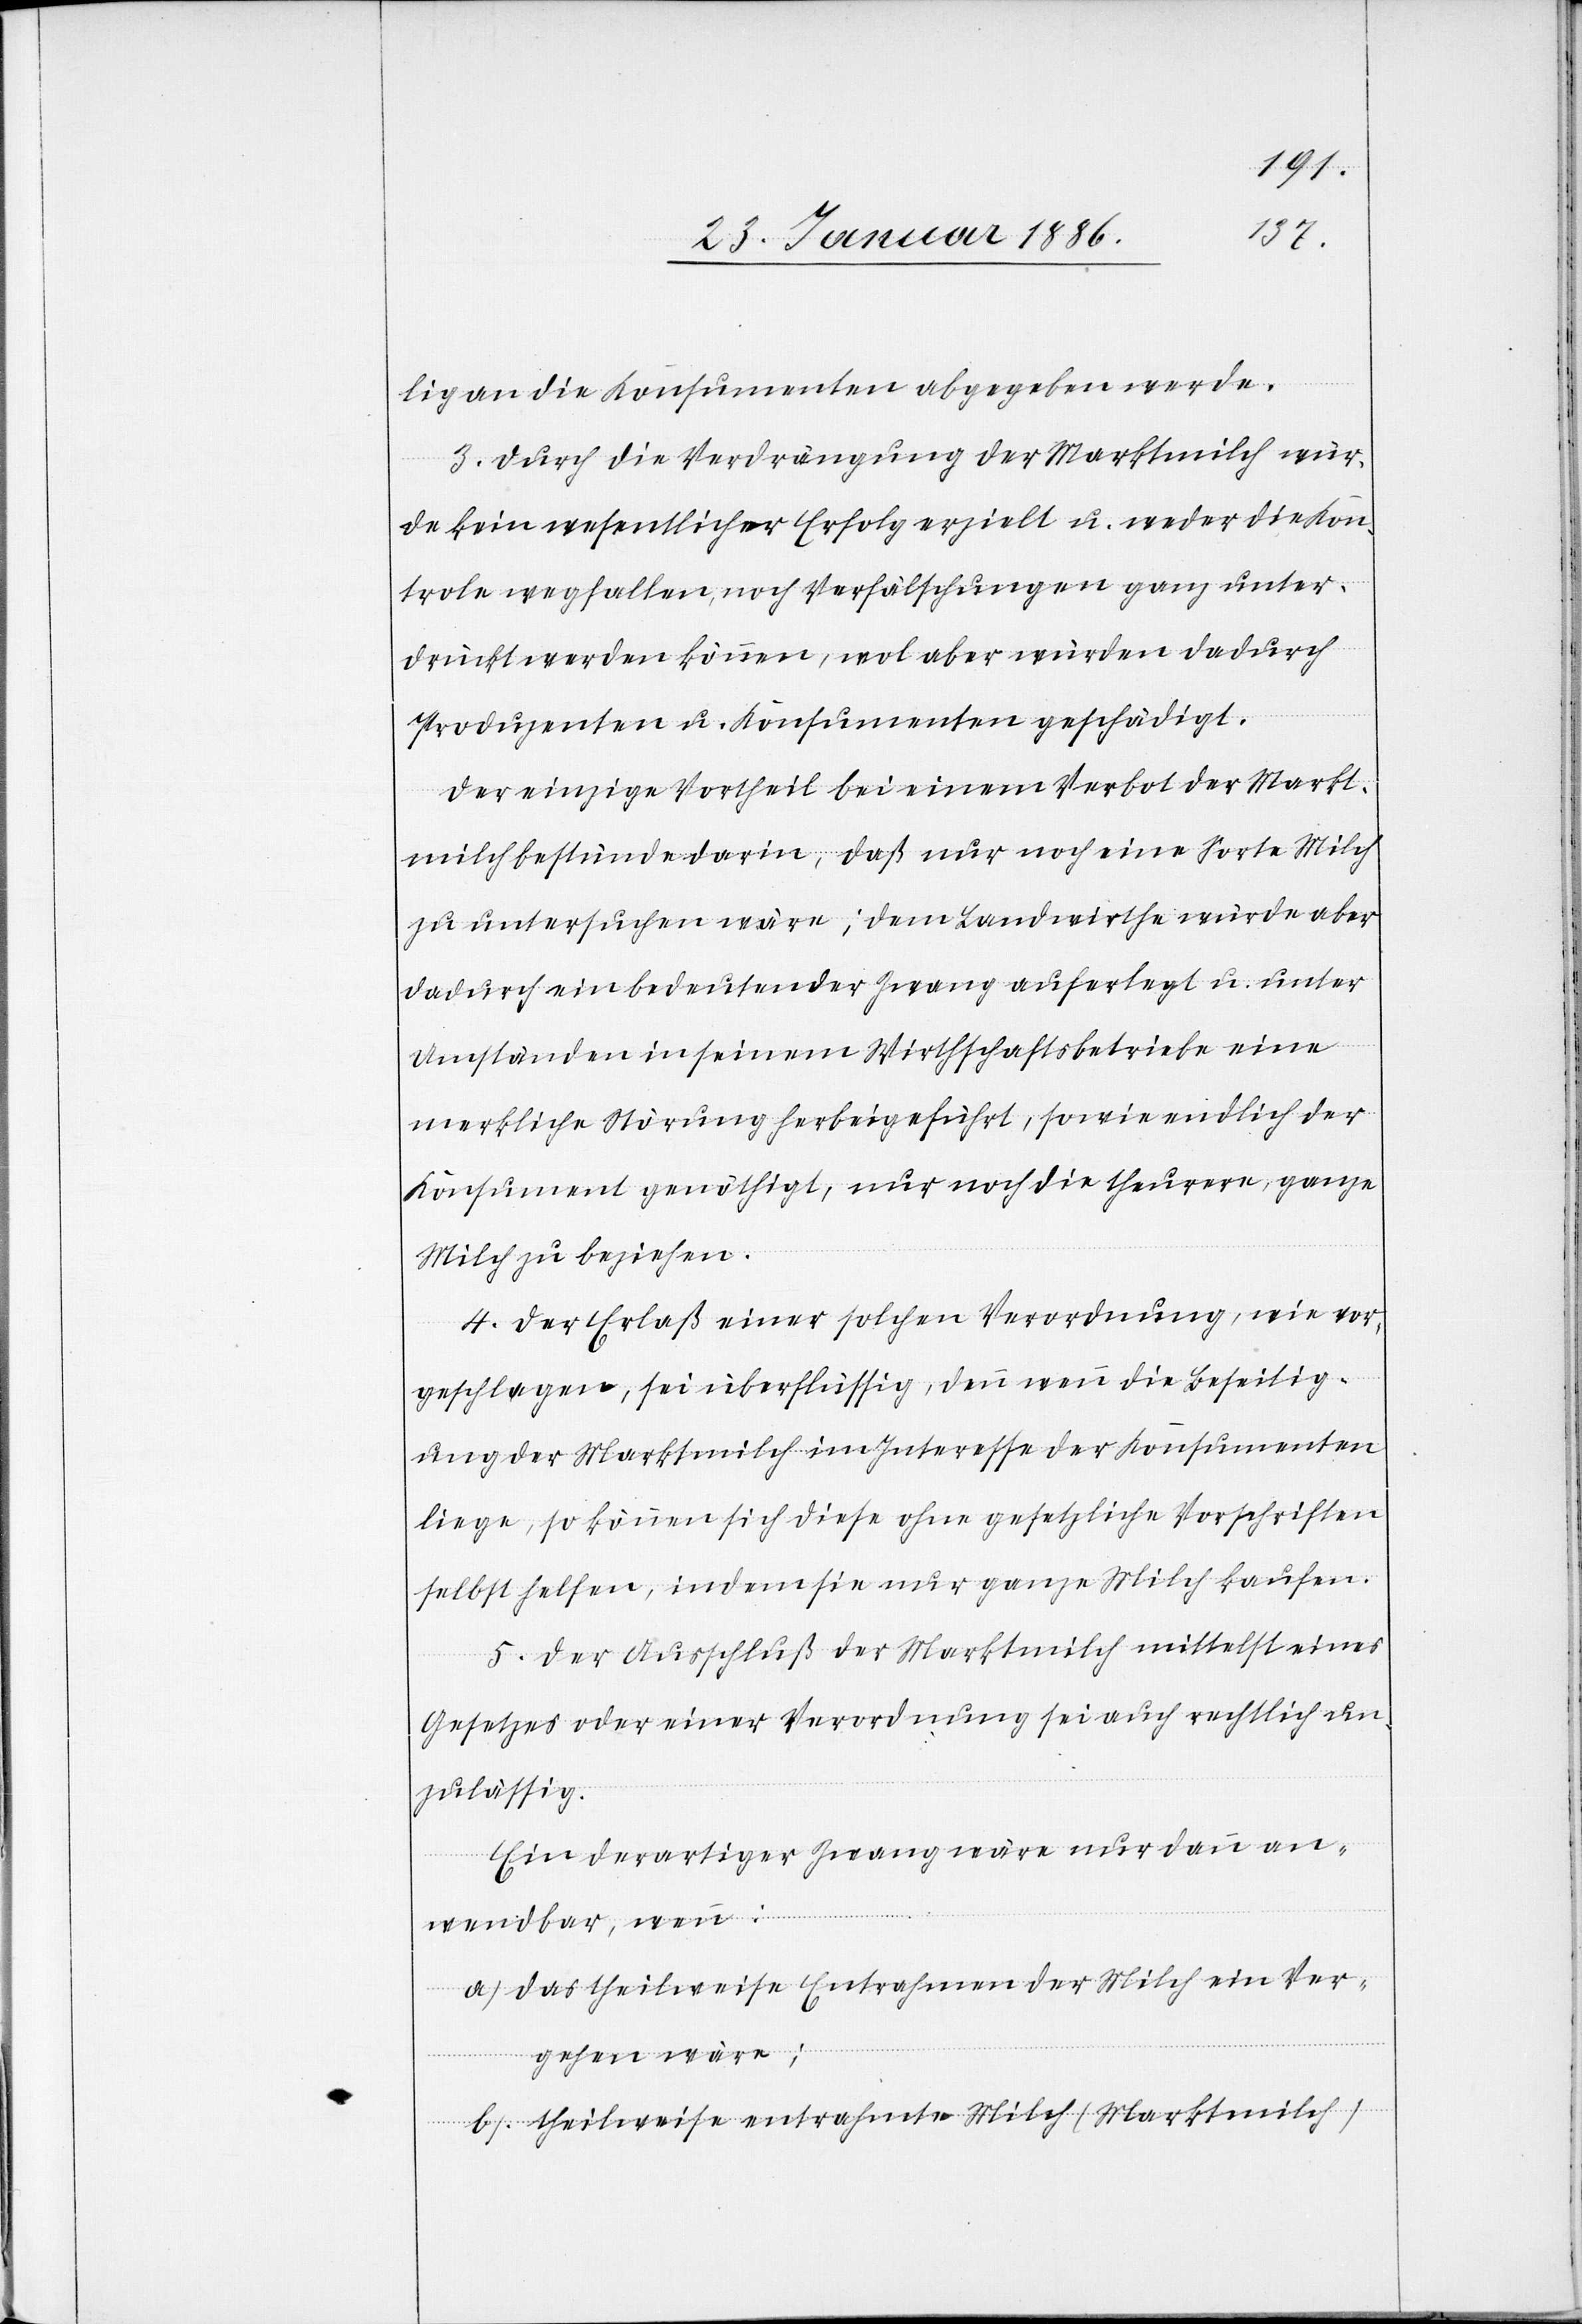
lig an die Konsumenten abgegeben werde.
3. Durch die Verdrängung der Marktmilch wür¬
de kein wesentlicher Erfolg erzielt u. weder die Kon¬
trole wegfallen, noch Verfälschungen ganz unter¬
drückt werden können, wol aber würden dadurch
Produzenten u. Konsumenten geschädigt.
Der einzige Vortheil bei einem Verbot der Markt¬
milch bestünde darin, daß nur noch eine Sorte Milch
zu untersuchen wäre; dem Landwirthe würde aber
dadurch ein bedeutender Zwang auferlegt u. unter
Umständen in seinem Wirthschaftsbetriebe eine
merkliche Störung herbeigeführt, sowie endlich der
Konsument genöthigt, nur noch die theurere, ganze
Milch zu beziehen.
4. Der Erlaß einer solchen Verordnung, wie vor¬
geschlagen, sei überflüssig, denn wenn die Beseitig¬
ung der Marktmilch im Interesse der Konsumenten
liege, so können sich diese ohne gesetzliche Vorschriften
selbst helfen, indem sie nur ganze Milch kaufen.
5. Der Ausschluß der Marktmilch mittelst eines
Gesetzes oder einer Verordnung sei auch rechtlich un¬
zulässig.
Ein derartiger Zwang wäre nur dann an¬
wendbar, wenn:
a) Das theilweise Entrahmen der Milch ein Ver¬
gehen wäre;
b) theilweise entrahmte Milch (Marktmilch)